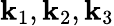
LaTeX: \mathbf{k}_{1},\mathbf{k}_{2},\mathbf{k}_{3}